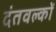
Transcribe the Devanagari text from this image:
दंतवल्कों